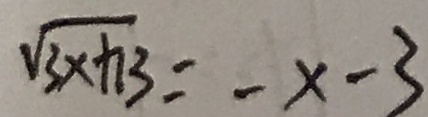
\sqrt { 3 x + 1 3 } = - x - 3